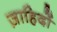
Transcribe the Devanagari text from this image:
ज़ाहिदों